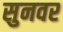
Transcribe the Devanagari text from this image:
सुनवर